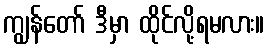
ကျွန်တော် ဒီမှာ ထိုင်လို့ရမလား။